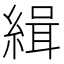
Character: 緝